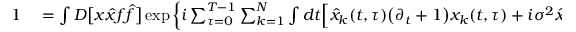
\begin{array} { r l } { 1 } & { { } = \int D \big [ x \hat { x } f \hat { f } \big ] \exp \left\{ i \sum _ { \tau = 0 } ^ { T - 1 } \sum _ { k = 1 } ^ { N } \int d t \Big [ \hat { x } _ { k } ( t , \tau ) \big ( \partial _ { t } + 1 \big ) x _ { k } ( t , \tau ) + i \sigma ^ { 2 } \hat { x } _ { k } ^ { 2 } ( t , \tau ) - \mathrm { t a n h } \big ( f _ { k } ( t , \tau ) \big ) \hat { x } _ { k } ( t , \tau ) + \hat { f } _ { k } ( t , \tau ) \big ( f _ { k } ( t , \tau ) - z _ { k } ( t , \tau ) \big ) \Big ] \right\} } \end{array}